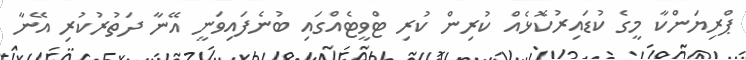
ޕްރިޔަންކާ މީގެ ކުޑައިރުކޮޅެއް ކުރިން ކުރި ޓްވީޓެއްގައި ބުނެފައިވަނީ އޭނާ ދަތުރުކުރި އޭނާ